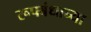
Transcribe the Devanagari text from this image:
रूपबंधाच्या